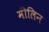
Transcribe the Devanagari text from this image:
मीलिन